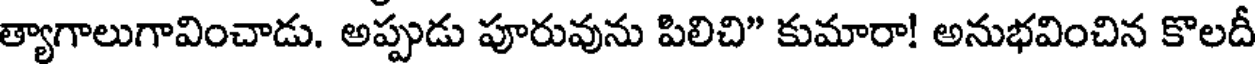
త్యాగాలుగావించాడు. అప్పుడు పూరువును పిలిచి" కుమారా! అనుభవించిన కొలదీ